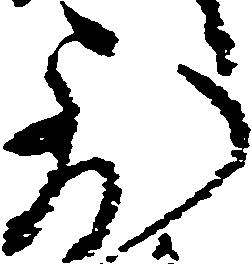
到